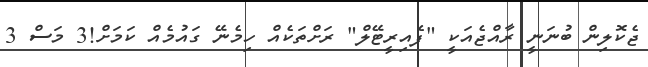
ޖެކޮލިން ބުނަނީ ރާއްޖެއަކީ "ފެއިރީޓޭލް" ރަށްތަކެއް ހިމެނޭ ގައުމެއް ކަމަށް!3 މަސް 3